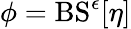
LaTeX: \phi=\mathrm{BS}^{\epsilon}[\eta]